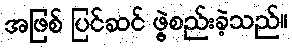
အဖြစ် ပြင်ဆင် ဖွဲ့စည်းခဲ့သည်။